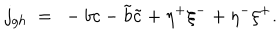
j _ { g h } \ = \ - b c - \tilde { b } \tilde { c } + \eta ^ { + } \xi ^ { - } + \eta ^ { - } \xi ^ { + } .